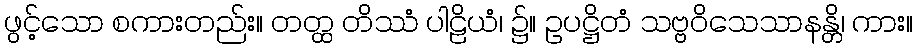
ဖွင့်သော စကားတည်း။ တတ္ထ တိဿံ ပါဠိယံ၊ ၌။ ဥပဋ္ဌိတံ သဗ္ဗဝိသေသာနန္တိ၊ ကား။